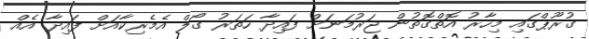
ގުރޫޕްގައި މިހާރު އޮތްގޮތުން ޖަރުމަނަށް ފައިދާ ހަތަރު ގޯލް އެމެރިކާއަށް ފައިދާ އެއް